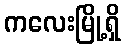
ကလေးမြို့ရှိ